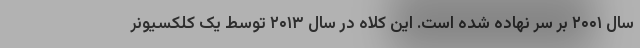
سال ۲۰۰۱ بر سر نهاده شده است. این کلاه در سال ۲۰۱۳ توسط یک کلکسیونر